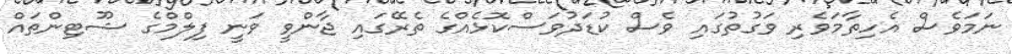
ނަމަވެސް އެހިތާމަވެރި ވަގުތުގައި ވެސް ކުޑަދުވަސްކޮޅެއްގެ ތެރޭގައި ޖާންވީ ވަނީ ފިލްމްގެ ޝޫޓިންތައް